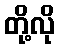
တို့လို